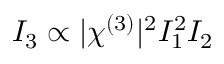
I _ { 3 } \propto | \chi ^ { ( 3 ) } | ^ { 2 } I _ { 1 } ^ { 2 } I _ { 2 }